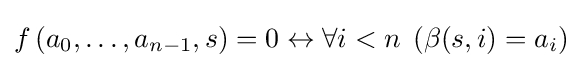
f\left(a_{0},\dots ,a_{n-1},s\right)=0\leftrightarrow \forall i<n\;\left(\beta (s,i)=a_{i}\right)